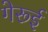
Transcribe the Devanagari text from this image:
गेरूई